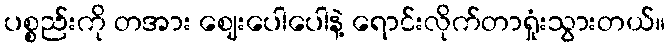
ပစ္စည်းကို တအား ဈေးပေါပေါနဲ့ ရောင်းလိုက်တာရှုံးသွားတယ်။